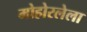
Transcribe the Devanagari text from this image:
मोहोरलेला